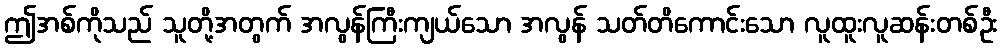
ဤအစ်ကိုသည် သူတို့အတွက် အလွန်ကြီးကျယ်သော အလွန် သတ်တိကောင်းသော လူထူးလူဆန်းတစ်ဦး